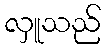
လှူသည်